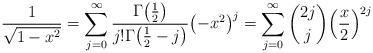
LaTeX: \begin{align*}\frac{1}{\sqrt{1-x^2}} = \sum_{j=0}^\infty \frac{\Gamma\bigl(\frac{1}{2}\bigr)}{j!\Gamma\bigl(\frac{1}{2}-j\bigr)} \bigl(-x^2\bigr)^j = \sum_{j=0}^\infty \binom{2j}{j}\Bigl(\frac{x}{2}\Bigr)^{2j}\end{align*}